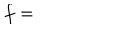
f =